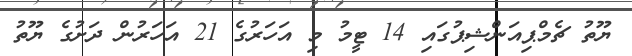
ޔޫތު ޗެމްޕިއަންޝިޕުގައި 14 ޓީމު މި އަހަރުގެ 21 އަހަރުން ދަށުގެ ޔޫތު